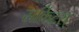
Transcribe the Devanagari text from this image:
सर्किटस्